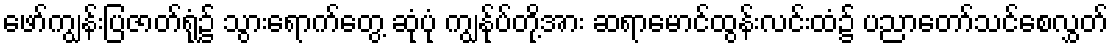
ဖော်ကျွန်းပြဇာတ်ရုံ၌ သွားရောက်တွေ့ ဆုံပုံ ကျွန်ုပ်တို့အား ဆရာမောင်ထွန်းလင်းထံ၌ ပညာတော်သင်စေလွှတ်